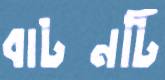
বাটনটি